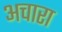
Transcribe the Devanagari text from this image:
अचारा